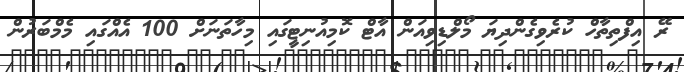
ރޭ އިފްތިތާހް ކުރެވިގެންދިޔަ މޯލްޑިވިއަން އާޓް ކޮމިއުނިޓީގައި މިހާތަނަށް 100 އެއްގައި މެމްބަރުން